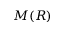
M ( R )